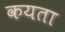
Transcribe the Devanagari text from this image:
कयता